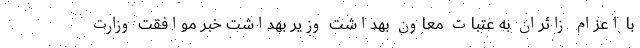
با اعزام زائران به عتبات معاون بهداشت وزیر بهداشت خبر موافقت وزارت